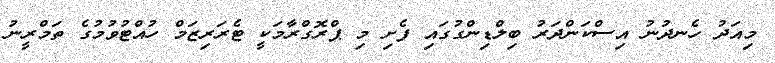
މިއަދު ހެނދުނު އިސްކަންދަރު ބިލްޑިންގުގައި ފެށި މި ޕްރޮގްރާމަކީ ޓެރަރިޒަމް ހުއްޓުވުމުގެ ތަމްރީނު